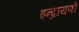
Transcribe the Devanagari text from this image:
इन्द्रायणी